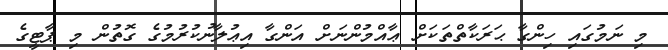
މި ނަމުގައި ހިންގާ ޙަރަކާތްތަކަށް ޢާއްމުންނަށް އަންގާ އިޢުލާނުކުރުމުގެ ގޮތުން މި ޕާޓީގެ